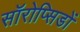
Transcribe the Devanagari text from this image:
सॉरोप्सिडों